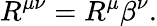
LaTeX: R^{\mu\nu}=R^{\mu}\beta^{\nu}.